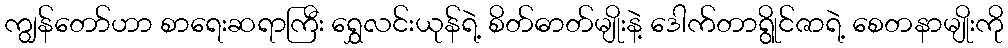
ကျွန်တော်ဟာ စာရေးဆရာကြီး ရွှေလင်းယုန်ရဲ့ စိတ်ဓာတ်မျိုးနဲ့ ဒေါက်တာရွိုင်ဇာရဲ့ စေတနာမျိုးကို